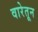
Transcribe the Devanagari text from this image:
वारेतून